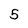
Character: 5